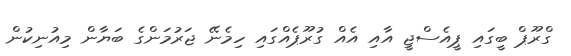
ގްރޫޕް ބީގައި ޕީއެސްޖީ އާއި އެއް ގުރޫޕެއްގައި ހިމެނޭ ޖަރުމަންގެ ބަޔާން މިއުނިކުން